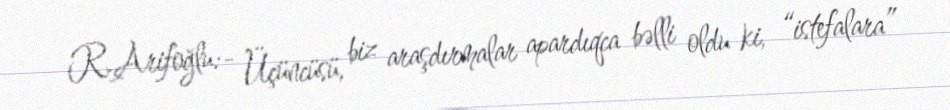
R.Arifoğlu:- Üçüncüsü, biz araşdırmalar apardıqca bəlli oldu ki, “istefalara”